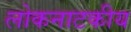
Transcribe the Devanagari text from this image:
लोकनाटकीय